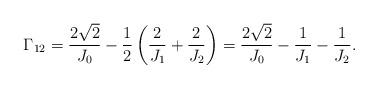
LaTeX: \begin{align*} \Gamma_{12} & = \frac{2 \sqrt{2}}{J_0} - \frac{1}{2} \left( \frac{2}{J_1} + \frac{2}{J_2} \right) = \frac{2 \sqrt{2}}{J_0} - \frac{1}{J_1} - \frac{1}{J_2}. \end{align*}